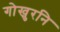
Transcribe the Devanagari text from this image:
गोखुरनि